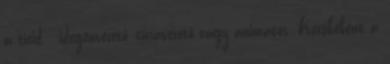
a tieid - idegenvezető, túravezető vagy animátor. Kecskeként a